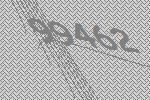
99462